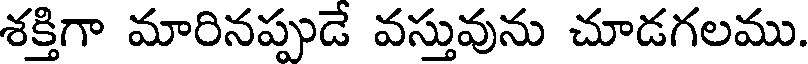
శక్తిగా మారినప్పుడే వస్తువును చూడగలము.